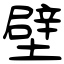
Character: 壁